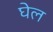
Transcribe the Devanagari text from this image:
घेल